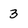
Character: 3